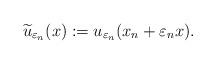
LaTeX: \begin{align*} \widetilde u_{\varepsilon_n}(x):=u_{\varepsilon_n}(x_n+\varepsilon_nx).\end{align*}